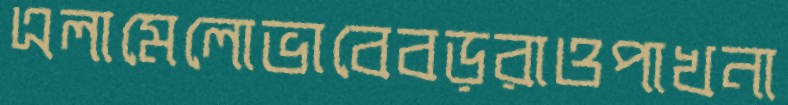
এলামেলোভাবেবড়রাওপাখনা